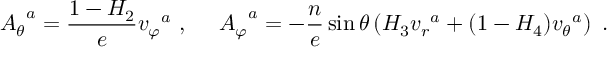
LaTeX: { A _ { \theta } } ^ { a } = \frac { 1 - H _ { 2 } } { e } { v _ { \varphi } } ^ { a } \ , \ \ \ \ { A _ { \varphi } } ^ { a } = - \frac { n } { e } \sin \theta \left( H _ { 3 } { v _ { r } } ^ { a } + ( 1 - H _ { 4 } ) { v _ { \theta } } ^ { a } \right) \ .